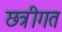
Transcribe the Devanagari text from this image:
छत्रीगत